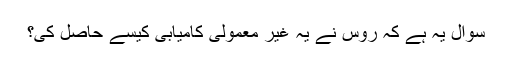
سوال یہ ہے کہ روس نے یہ غیر معمولی کامیابی کیسے حاصل کی؟